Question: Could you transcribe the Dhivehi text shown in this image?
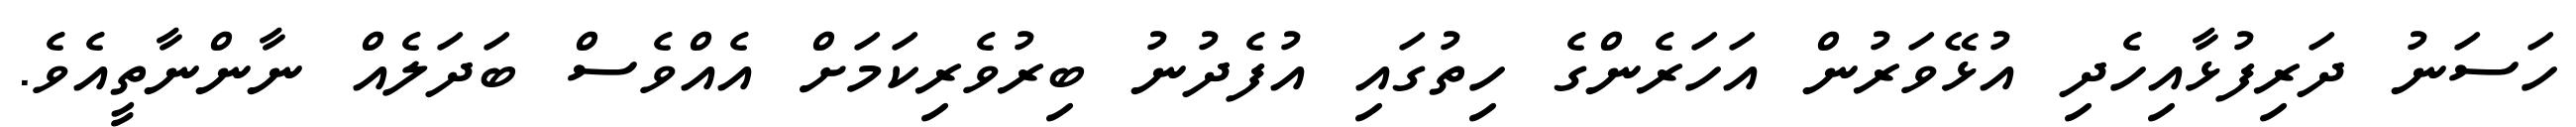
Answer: ހަސަނު ދަރިފުޅާއިހެދި އުޅޭވަރުން އަހަރެންގެ ހިތުގައި އުފެދުނު ބިރުވެރިކަމަށް އެއްވެސް ބަދަލެއް ނާންނާތީއެވެ.